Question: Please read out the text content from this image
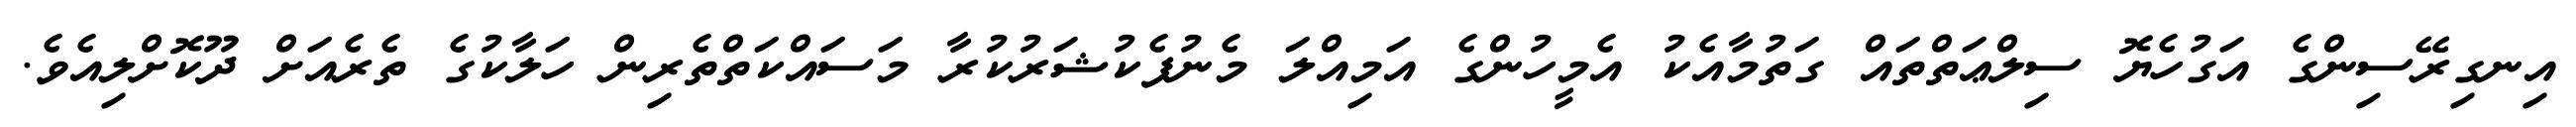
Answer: އިނގިރޭސިންގެ އަގުހެޔޮ ސިލްޢަތްތައް ގަތުމާއެކު އެމީހުންގެ އަމިއްލަ މެނުފެކުޝަރުކުރާ މަސައްކަތްތެރިން ހަލާކުގެ ތެރެއަށް ދޫކޮށްލިއެވެ.